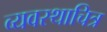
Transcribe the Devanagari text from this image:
व्यवस्थाचित्र